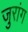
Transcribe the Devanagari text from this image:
जुरांग